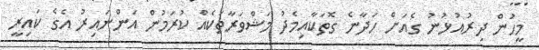
މީހުން ދިރުއުޅުނު ގެއަށް ހަދާނެ ގޮތަކާއިމެދު މަޝްވަރާތަކެއް ކުރަމުން އަންނައިރު އެގެ ކައިރީ